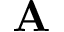
\mathbf { A }